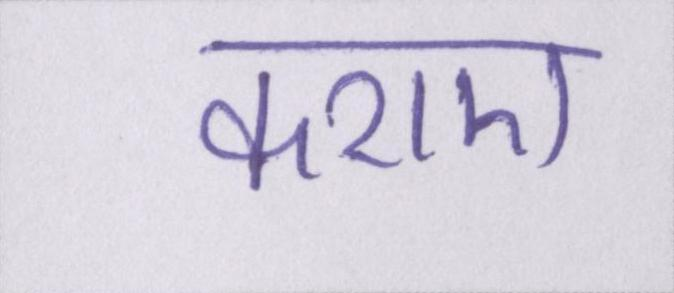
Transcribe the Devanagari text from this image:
कराए